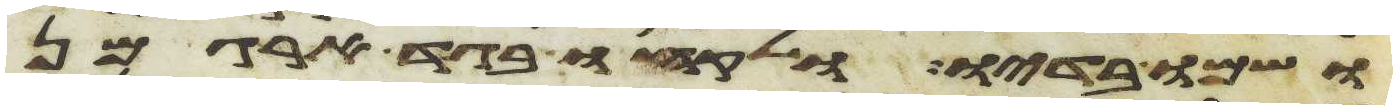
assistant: ושמו בדיו ולקחו בגד ארגמן